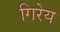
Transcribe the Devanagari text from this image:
गिरेय